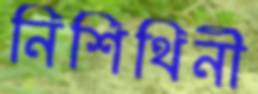
নিশিথিনী